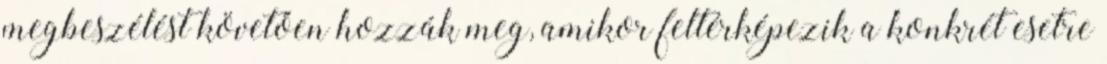
megbeszélést követően hozzák meg, amikor feltérképezik a konkrét esetre